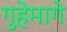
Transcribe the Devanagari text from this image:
गुहेमागे